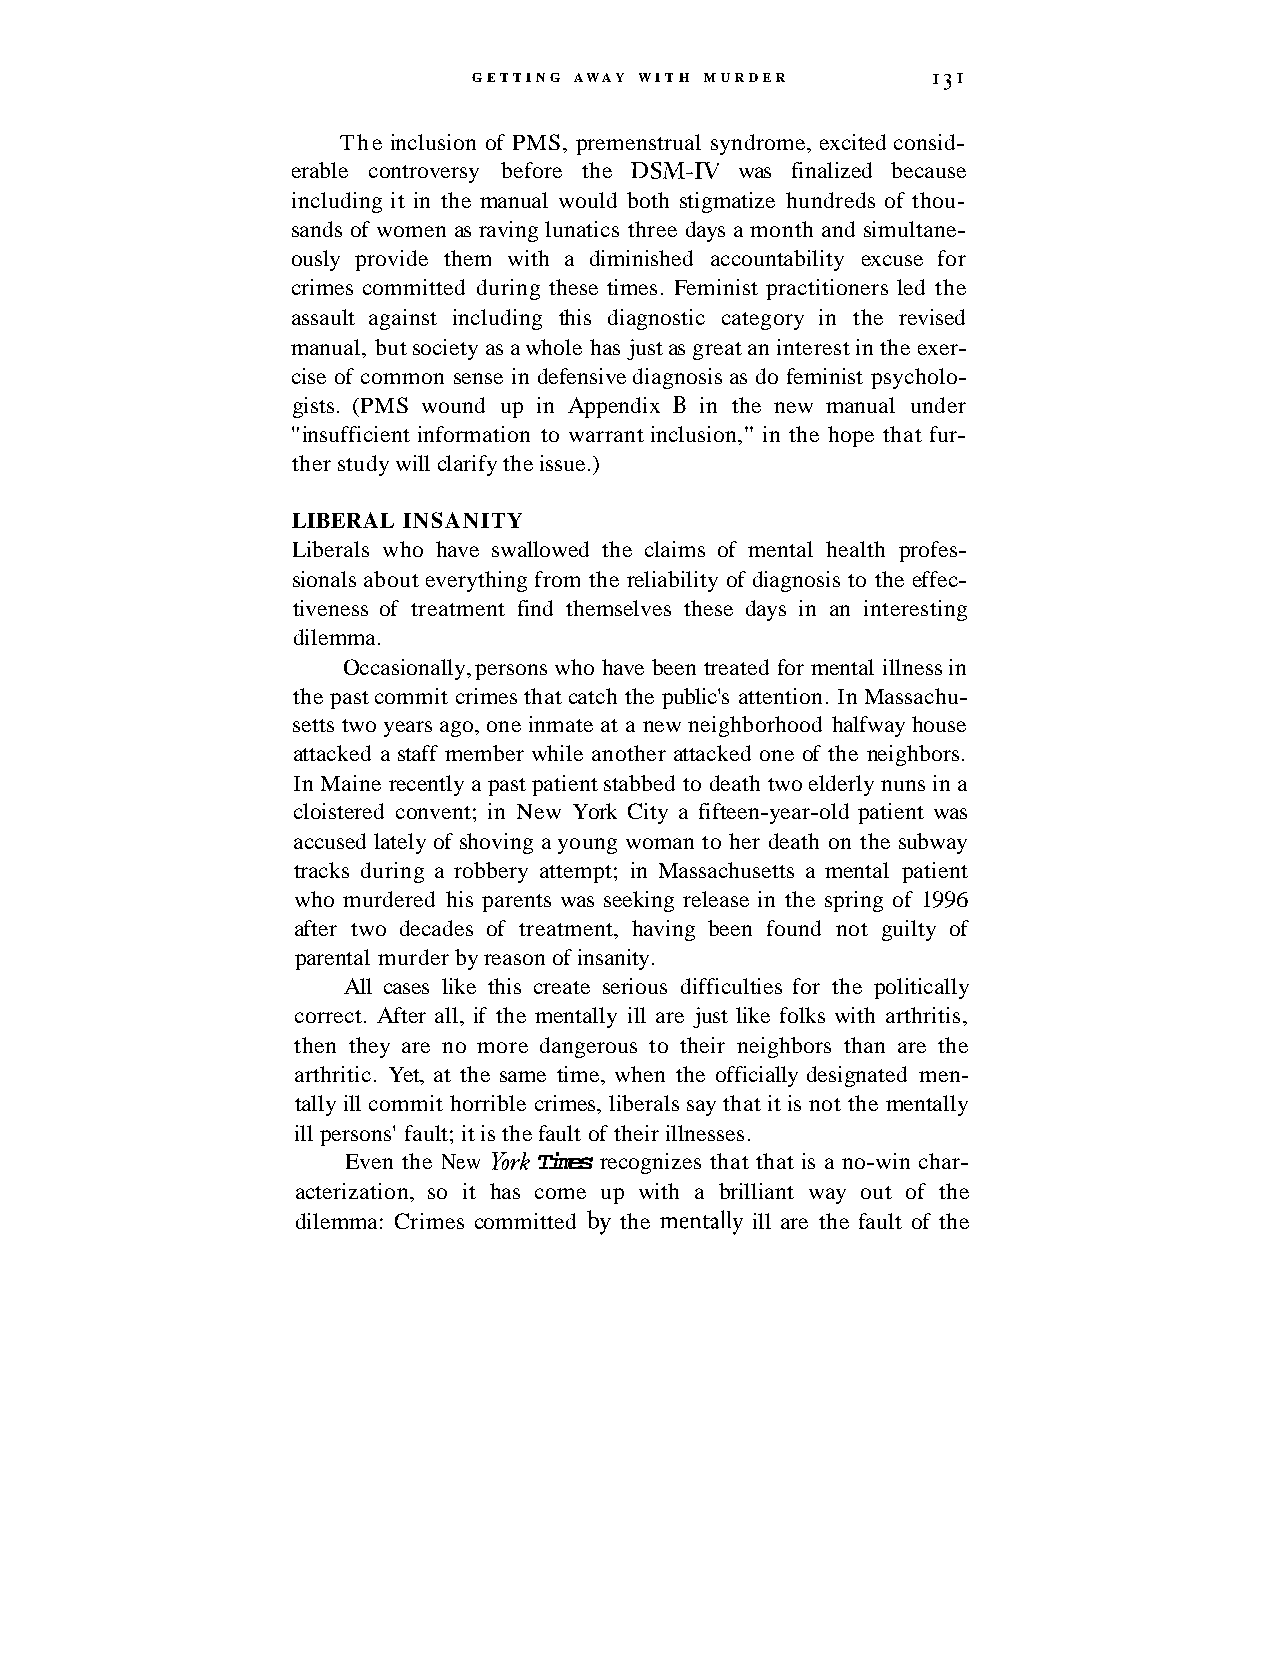
GETTING AWAY WITH MURDER
 I3I
 The inclusion of PMS, premenstrual syndrome, excited consid-
 erable controversy before the DSM-IV was finalized because
 including it in the manual would both stigmatize hundreds of thou-
 sands of women as raving lunatics three days a month and simultane-
 ously provide them with a diminished accountability excuse for
 crimes committed during these times. Feminist practitioners led the
 assault against including this diagnostic category in the revised
 manual, but society as a whole has just as great an interest in the exer-
 cise of common sense in defensive diagnosis as do feminist psycholo-
 gists. (PMS wound up in Appendix B in the new manual under
 "insufficient information to warrant inclusion," in the hope that fur-
 ther study will clarify the issue.)
 LIBERAL INSANITY
 Liberals who have swallowed the claims of mental health profes-
 sionals about everything from the reliability of diagnosis to the effec-
 tiveness of treatment find themselves these days in an interesting
 dilemma.
 Occasionally, persons who have been treated for mental illness in
 the past commit crimes that catch the public's attention. In Massachu-
 setts two years ago, one inmate at a new neighborhood halfway house
 attacked a staff member while another attacked one of the neighbors.
 In Maine recently a past patient stabbed to death two elderly nuns in a
 cloistered convent; in New York City a fifteen-year-old patient was
 accused lately of shoving a young woman to her death on the subway
 tracks during a robbery attempt; in Massachusetts a mental patient
 who murdered his parents was seeking release in the spring of 1996
 after two decades of treatment, having been found not guilty of
 parental murder by reason of insanity.
 All cases like this create serious difficulties for the politically
 correct. After all, if the mentally ill are just like folks with arthritis,
 then they are no more dangerous to their neighbors than are the
 arthritic. Yet, at the same time, when the officially designated men-
 tally ill commit horrible crimes, liberals say that it is not the mentally
 ill persons' fault; it is the fault of their illnesses.
 Even the New York Times recognizes that that is a no-win char-
 acterization, so it has come up with a brilliant way out of the
 dilemma: Crimes committed by the mentally ill are the fault of the